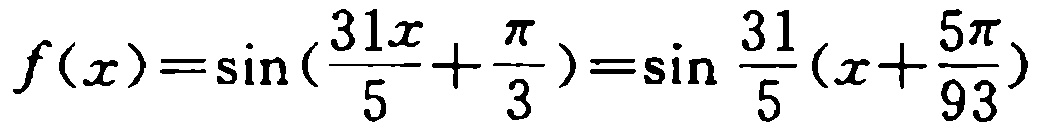
\[f(x)=\sin(\frac{31x}{5}+\frac{\pi}{3})=\sin\frac{31}{5}(x + \frac{5\pi}{93})\]